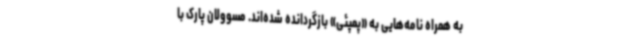
به همراه نامه‌هایی به «پمپئی» بازگردانده شده‌اند. مسوولان پارک با